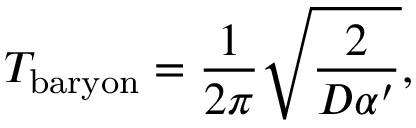
T _ { \mathrm { b a r y o n } } = \frac { 1 } { 2 \pi } \sqrt { \frac { 2 } { D \alpha ^ { \prime } } } ,